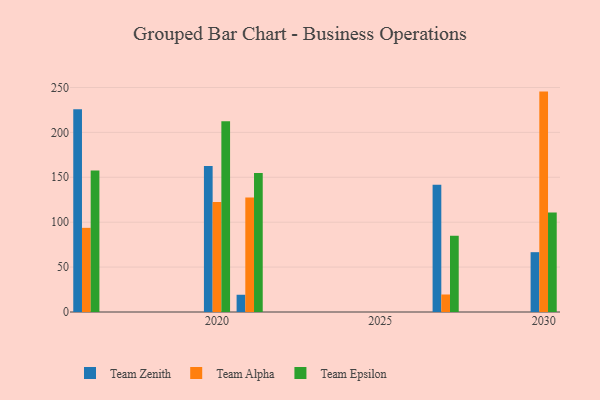
{"axis": {"x": "Year", "y": "Production Output"}, "legend": ["Team Alpha", "Team Epsilon", "Team Zenith"], "data": [{"x": "2016", "y": 225.8, "type": "Team Zenith"}, {"x": "2016", "y": 93.7, "type": "Team Alpha"}, {"x": "2016", "y": 157.5, "type": "Team Epsilon"}, {"x": "2027", "y": 141.7, "type": "Team Zenith"}, {"x": "2027", "y": 19.5, "type": "Team Alpha"}, {"x": "2027", "y": 84.9, "type": "Team Epsilon"}, {"x": "2021", "y": 19.2, "type": "Team Zenith"}, {"x": "2021", "y": 127.6, "type": "Team Alpha"}, {"x": "2021", "y": 154.7, "type": "Team Epsilon"}, {"x": "2030", "y": 66.6, "type": "Team Zenith"}, {"x": "2030", "y": 245.4, "type": "Team Alpha"}, {"x": "2030", "y": 110.9, "type": "Team Epsilon"}, {"x": "2020", "y": 162.5, "type": "Team Zenith"}, {"x": "2020", "y": 122.4, "type": "Team Alpha"}, {"x": "2020", "y": 212.4, "type": "Team Epsilon"}]}